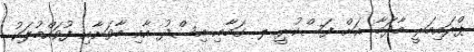
ޕްރައިމަރީ މާދަމާ އަށް ފަސްކުރީ ލ. ގަމާއި އިސްދު އާއި މާވަށާއި ފުވައްމުލަކު